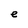
Character: e